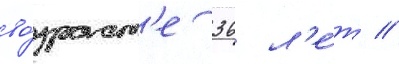
во́зраст'е 36 л'е́т //